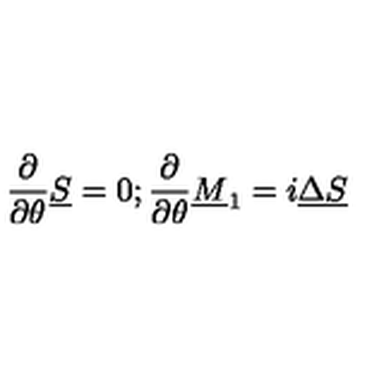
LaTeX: { \frac { \partial } { \partial \theta } } \underline { S } = 0 ; { \frac { \partial } { \partial \theta } } \underline { M } _ { 1 } = i \underline { \Delta } \underline { S }